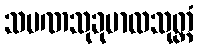
သမဏသုခုမာလသုတ္တံ